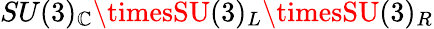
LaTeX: SU(3)_{\mathbb{C}}\timesSU(3)_{L}\timesSU(3)_{R}